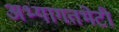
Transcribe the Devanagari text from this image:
अभ्यागतभेटी